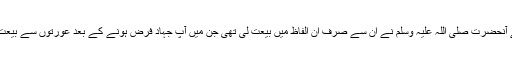
چونکہ اب تک جہاد بالسیف فرض نہیں ہوا تھا اس لئے آنحضرت صلی اللہ علیہ وسلم نے ان سے صرف ان الفاظ میں بیعت لی تھی جن میں آپؐ جہاد فرض ہونے کے بعد عورتوں سے بیعت لیا کرتے تھے یعنی یہ کہ ہم خدا کو ایک جانیں گے۔